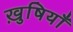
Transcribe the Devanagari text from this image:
ख़ुषियाँ